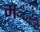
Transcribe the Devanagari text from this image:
मॢ